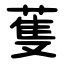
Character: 蒦